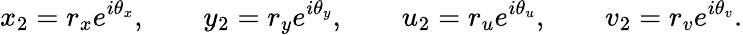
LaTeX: x_{2}=r_{x}e^{i\theta_{x}},\qquad y_{2}=r_{y}e^{i\theta_{y}},\qquad u_{2}=r_{u}e^{i\theta_{u}},\qquad v_{2}=r_{v}e^{i\theta_{v}}.